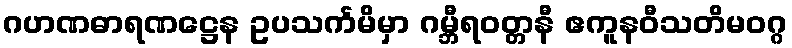
ဂဟဏဓာရဏဋ္ဌေန ဥပသင်္ကမိမှာ ဂမ္ဘီရဝတ္တနီ ဧကူနဝီသတိမဝဂ္ဂ